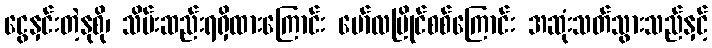
ငွေနှင်းတဲ့နုစို၊ သိမ်းဆည်းရရှိထားကြောင်း မော်လမြိုင်စစ်ကြောင်း အဆုံးသတ်သွားသည်နှင့်